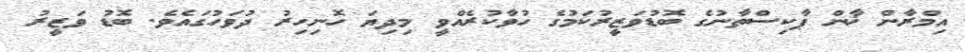
އިމްރާން ޚާން ޕާކިސްތާނުގެ ބޮޑުވަޒީރުކަމުގެ ހުވާކުރެއްވީ މިދިޔަ ހޮނިހިރު ދުވަހުގައެވެ. ބޮޑު ވަޒީރު